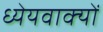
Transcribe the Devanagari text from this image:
ध्येयवाक्यों